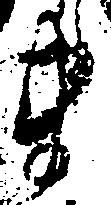
ま